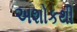
અશોકથી